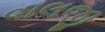
વાલજી